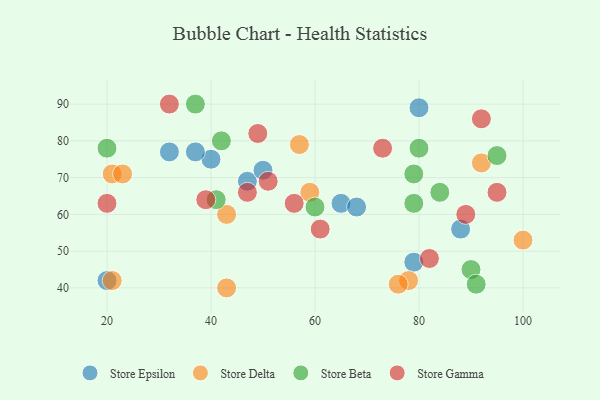
{"axis": {"x": "GDP", "y": "Life Expectancy"}, "legend": ["Store Beta", "Store Delta", "Store Epsilon", "Store Gamma"], "data": [{"x": "47", "y": 69, "type": "Store Epsilon"}, {"x": "20", "y": 42, "type": "Store Epsilon"}, {"x": "50", "y": 72, "type": "Store Epsilon"}, {"x": "65", "y": 63, "type": "Store Epsilon"}, {"x": "88", "y": 56, "type": "Store Epsilon"}, {"x": "40", "y": 75, "type": "Store Epsilon"}, {"x": "32", "y": 77, "type": "Store Epsilon"}, {"x": "80", "y": 89, "type": "Store Epsilon"}, {"x": "79", "y": 47, "type": "Store Epsilon"}, {"x": "68", "y": 62, "type": "Store Epsilon"}, {"x": "37", "y": 77, "type": "Store Epsilon"}, {"x": "43", "y": 60, "type": "Store Delta"}, {"x": "78", "y": 42, "type": "Store Delta"}, {"x": "100", "y": 53, "type": "Store Delta"}, {"x": "21", "y": 71, "type": "Store Delta"}, {"x": "23", "y": 71, "type": "Store Delta"}, {"x": "92", "y": 74, "type": "Store Delta"}, {"x": "57", "y": 79, "type": "Store Delta"}, {"x": "21", "y": 42, "type": "Store Delta"}, {"x": "76", "y": 41, "type": "Store Delta"}, {"x": "59", "y": 66, "type": "Store Delta"}, {"x": "43", "y": 40, "type": "Store Delta"}, {"x": "90", "y": 45, "type": "Store Beta"}, {"x": "41", "y": 64, "type": "Store Beta"}, {"x": "79", "y": 63, "type": "Store Beta"}, {"x": "79", "y": 71, "type": "Store Beta"}, {"x": "91", "y": 41, "type": "Store Beta"}, {"x": "95", "y": 76, "type": "Store Beta"}, {"x": "60", "y": 62, "type": "Store Beta"}, {"x": "37", "y": 90, "type": "Store Beta"}, {"x": "20", "y": 78, "type": "Store Beta"}, {"x": "80", "y": 78, "type": "Store Beta"}, {"x": "84", "y": 66, "type": "Store Beta"}, {"x": "42", "y": 80, "type": "Store Beta"}, {"x": "95", "y": 66, "type": "Store Gamma"}, {"x": "61", "y": 56, "type": "Store Gamma"}, {"x": "32", "y": 90, "type": "Store Gamma"}, {"x": "56", "y": 63, "type": "Store Gamma"}, {"x": "73", "y": 78, "type": "Store Gamma"}, {"x": "49", "y": 82, "type": "Store Gamma"}, {"x": "39", "y": 64, "type": "Store Gamma"}, {"x": "20", "y": 63, "type": "Store Gamma"}, {"x": "51", "y": 69, "type": "Store Gamma"}, {"x": "82", "y": 48, "type": "Store Gamma"}, {"x": "92", "y": 86, "type": "Store Gamma"}, {"x": "47", "y": 66, "type": "Store Gamma"}, {"x": "89", "y": 60, "type": "Store Gamma"}]}